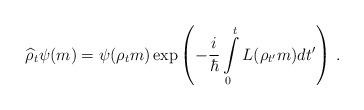
LaTeX: \begin{align*} \widehat{\rho}_t\psi(m)=\psi(\rho_tm)\exp\left(-\frac{i}{\hbar}\int\limits^{t}_0 L(\rho_{t'} m)d t'\right)\, .\end{align*}